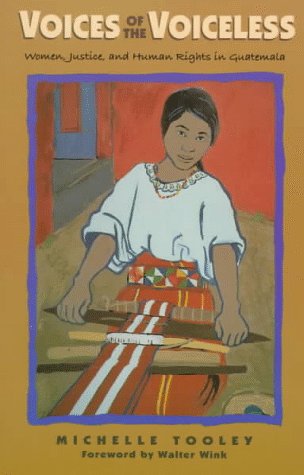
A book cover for Voices of the Voiceless: Women, Justice, and Human Rights in Guatemala; Michelle Tooley; Gay & Lesbian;